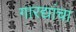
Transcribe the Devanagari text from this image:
गारद्यांचा